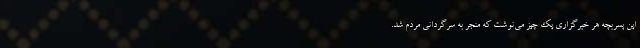
این پسربچه‌ هر خبرگزاری یک چیز می‌نوشت که منجر به سرگردانی مردم شد.